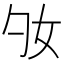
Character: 𡚷